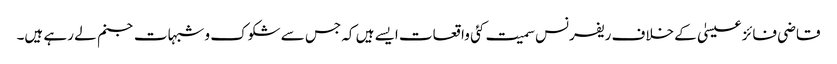
قاضی فائز عیسیٰ کے خلاف ریفرنس سمیت کئی واقعات ایسے ہیں کہ جس سے شکوک و شبہات جنم لے رہے ہیں۔